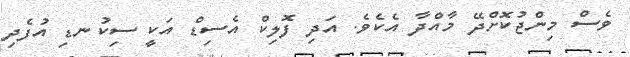
ވެސް މިންޖުކޮށްދޭ މާއްދާ އެކެވެ. އަދި ފޮލިކް އެސިޑް އަކީ ސިކުނޑި އުފެދި